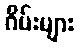
ဂိမ်းများ